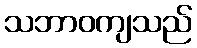
သဘာဝကျသည်